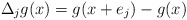
\begin{align*}\Delta_j g (x)= g(x+e_j) - g(x)\end{align*}